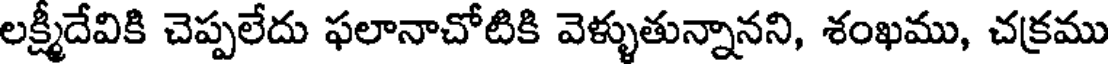
లక్ష్మీదేవికి చెప్పలేదు ఫలానాచోటికి వెళ్ళుతున్నానని, శంఖము, చక్రము